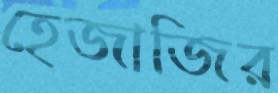
হেজাজির